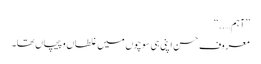
’’آہم…..‘‘
معروف حسن اپنی ہی سوچوں میں غلطاں و پیچاں تھا۔